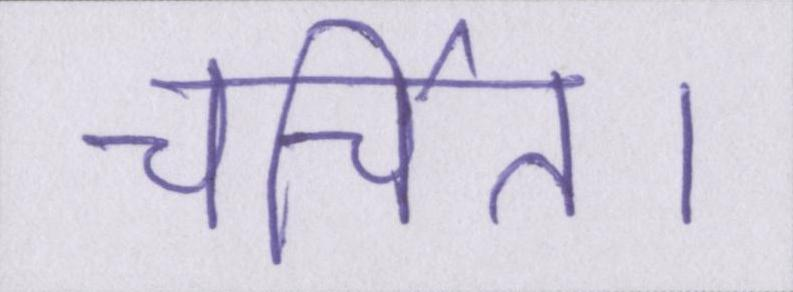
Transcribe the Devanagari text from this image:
चर्चित।